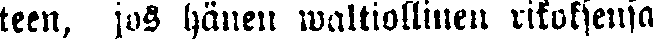
teen, jos hänen waltiollinen rikoksensa